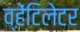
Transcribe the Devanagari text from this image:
व्हेंटिलेटर